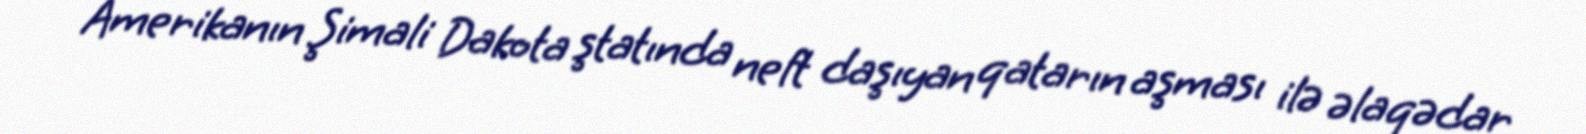
Amerikanın Şimali Dakota ştatında neft daşıyan qatarın aşması ilə əlaqədar